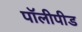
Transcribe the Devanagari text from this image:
पॉलीपीड